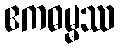
ဧကဓမ္မဿ